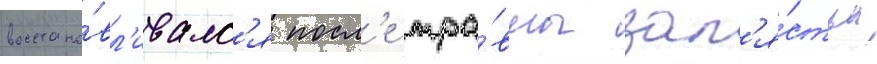
восстана́вл'ивалс'я посл'е тра́вмы зап'я́стья